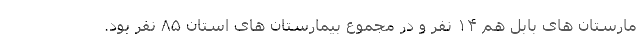
مارستان های بابل هم ۱۴ نفر و در مجموع بیمارستان های استان ۸۵ نفر بود.